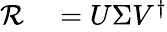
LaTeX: \begin{array}{rl}{\mathcal{R}}&{{}=U\Sigma V^{\dagger}}\end{array}